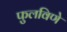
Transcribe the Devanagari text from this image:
फुलविणे